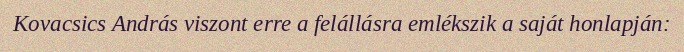
Kovacsics András viszont erre a felállásra emlékszik a saját honlapján: